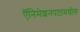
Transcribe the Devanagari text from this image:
ऍनिमेशनपटांमधील